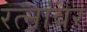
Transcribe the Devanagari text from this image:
रत्‍नांवर